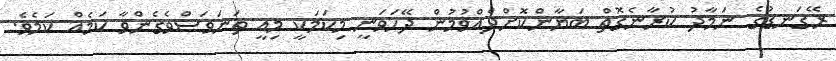
ރޭގަނޑުގެ ނަމާދު ކުރާނެގޮތް ބަޔާންކޮށްދެއްވުމުން ދޭހަވަނީ މިކަމަކީ މިއީ ތަނަވަސްވެގެންވާ ކަމެއް ކަމެވެ.